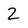
Character: 2